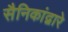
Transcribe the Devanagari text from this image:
सैनिकांद्वारे